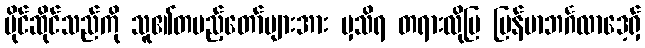
ပိုင်ဆိုင်သည်ကို သူ၏တပည့်တော်များအား မှသိရ တရားလိုပြ မြန်မာဘင်္ဂလာဒေ့ရှ်